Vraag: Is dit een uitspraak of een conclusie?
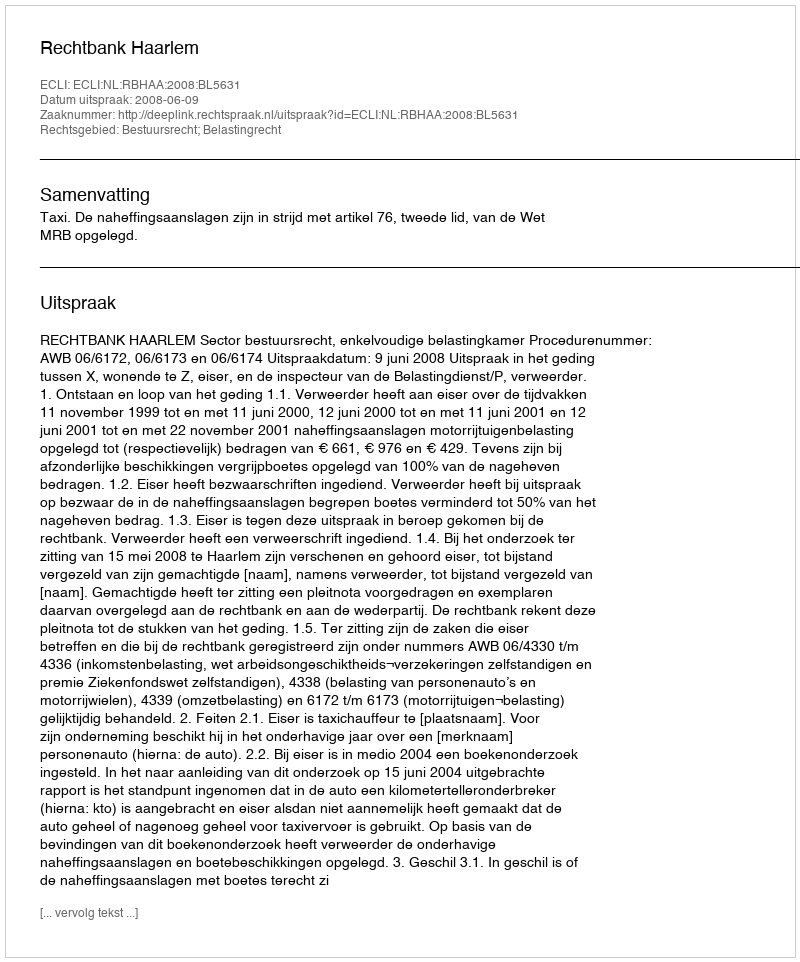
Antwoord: Uitspraak